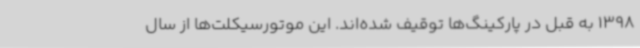
1398 به قبل در پارکینگ‌ها توقیف شده‌اند. این موتورسیکلت‌ها از سال